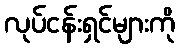
လုပ်ငန်းရှင်များကို